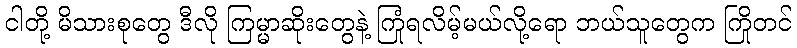
ငါတို့ မိသားစုတွေ ဒီလို ကြမ္မာဆိုးတွေနဲ့ ကြုံရလိမ့်မယ်လို့ရော ဘယ်သူတွေက ကြိုတင်